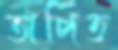
তাপিত